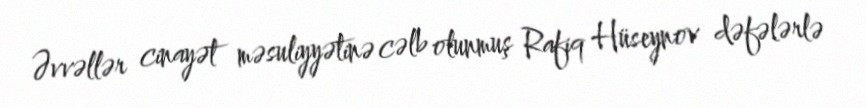
Əvvəllər cinayət məsuliyyətinə cəlb olunmuş Rafiq Hüseynov dəfələrlə